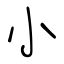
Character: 小